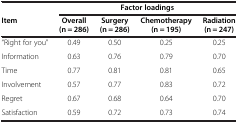
|  | <COLSPAN=4> Factor loadings |
 | Item | Overall (n = 286) | Surgery (n = 286) | Chemotherapy (n = 195) | Radiation (n = 247) |
 | --- | --- | --- | --- | --- |
 | “Right for you” | 0.49 | 0.50 | 0.25 | 0.25 |
 | Information | 0.63 | 0.76 | 0.79 | 0.70 |
 | Time | 0.77 | 0.81 | 0.81 | 0.65 |
 | Involvement | 0.57 | 0.77 | 0.83 | 0.72 |
 | Regret | 0.67 | 0.68 | 0.64 | 0.70 |
 | Satisfaction | 0.59 | 0.72 | 0.73 | 0.74 |